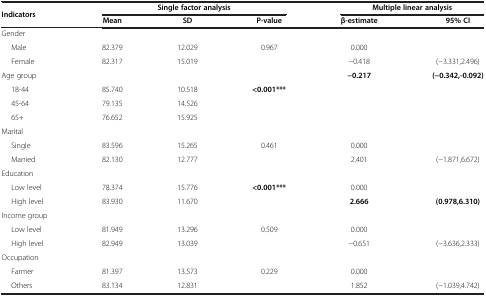
<table><thead><tr><td rowspan="2"><b>Indicators</b></td><td colspan="3"><b>Single factor analysis</b></td><td colspan="2"><b>Multiple linear analysis</b></td></tr><tr><td><b>Mean</b></td><td><b>SD</b></td><td><b>P-value</b></td><td><b>β-estimate</b></td><td><b>95% CI</b></td></tr></thead><tbody><tr><td>Gender</td><td> </td><td> </td><td> </td><td> </td><td> </td></tr><tr><td>Male</td><td>82.379</td><td>12.029</td><td>0.967</td><td>0.000</td><td> </td></tr><tr><td>Female</td><td>82.317</td><td>15.019</td><td> </td><td>−0.418</td><td>(−3.331,2.496)</td></tr><tr><td>Age group</td><td> </td><td> </td><td> </td><td><b>−0.217</b></td><td><b>(−0.342,-0.092)</b></td></tr><tr><td>18-44</td><td>85.740</td><td>10.518</td><td><b>&lt;0.001***</b></td><td> </td><td> </td></tr><tr><td>45-64</td><td>79.135</td><td>14.526</td><td> </td><td> </td><td> </td></tr><tr><td>65+</td><td>76.652</td><td>15.925</td><td> </td><td> </td><td> </td></tr><tr><td>Marital</td><td> </td><td> </td><td> </td><td> </td><td> </td></tr><tr><td>Single</td><td>83.596</td><td>15.265</td><td>0.461</td><td>0.000</td><td> </td></tr><tr><td>Married</td><td>82.130</td><td>12.777</td><td> </td><td>2.401</td><td>(−1.871,6.672)</td></tr><tr><td>Education</td><td> </td><td> </td><td> </td><td> </td><td> </td></tr><tr><td>Low level</td><td>78.374</td><td>15.776</td><td><b>&lt;0.001***</b></td><td>0.000</td><td> </td></tr><tr><td>High level</td><td>83.930</td><td>11.670</td><td> </td><td><b>2.666</b></td><td><b>(0.978,6.310)</b></td></tr><tr><td>Income group</td><td> </td><td> </td><td> </td><td> </td><td> </td></tr><tr><td>Low level</td><td>81.949</td><td>13.296</td><td>0.509</td><td>0.000</td><td> </td></tr><tr><td>High level</td><td>82.949</td><td>13.039</td><td> </td><td>−0.651</td><td>(−3.636,2.333)</td></tr><tr><td>Occupation</td><td> </td><td> </td><td> </td><td> </td><td> </td></tr><tr><td>Farmer</td><td>81.397</td><td>13.573</td><td>0.229</td><td>0.000</td><td> </td></tr><tr><td>Others</td><td>83.134</td><td>12.831</td><td> </td><td>1.852</td><td>(−1.039,4.742)</td></tr></tbody></table>